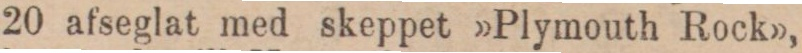
20 afseglat med skeppet »Plymouth Rock»,